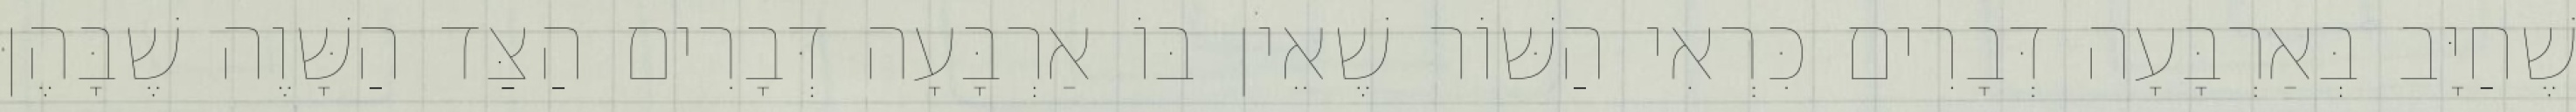
שֶׁחַיָּב בְּאַרְבָּעָה דְּבָרִים כִּרְאִי הַשּׁוֹר שֶׁאֵין בּוֹ אַרְבָּעָה דְּבָרִים הַצַּד הַשָּׁוֶה שֶׁבָּהֶן